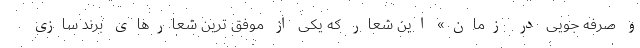
و صرفه جویی در زمان» این شعار که یکی از موفق ترین شعارهای برند سازی